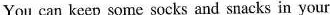
You can keep some socks and snacks in your